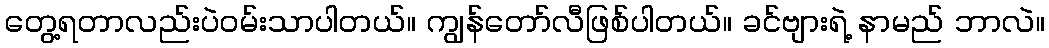
တွေ့ရတာလည်းပဲဝမ်းသာပါတယ်။ ကျွန်တော်လီဖြစ်ပါတယ်။ ခင်ဗျားရဲ့ နာမည် ဘာလဲ။